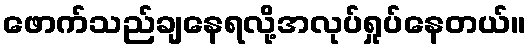
ဖောက်သည်ချနေရလို့အလုပ်ရှုပ်နေတယ်။